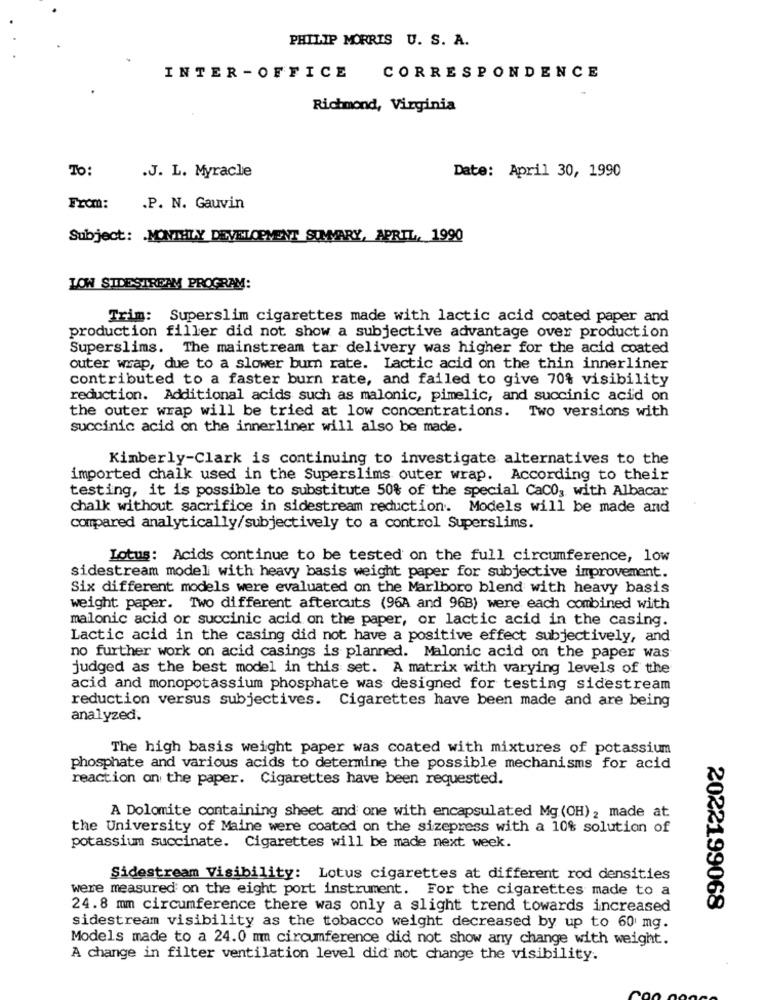
PHILIP MORRIS U. S. A.
INTER -OFFICE
CORRESPONDENCE
Richmond, Virginia
To:
.J. L. Myracle
Date: April 30, 1990
From:
.P. N. Gauvin
Subject: MONTHLY DEVELOPMENT SUMMARY, APRIL, 1990
LOW SIDESTREAM PROGRAM:
Trim: Superslim cigarettes made with lactic acid coated paper and
production filler did not show a subjective advantage over production
Superslims. The mainstream tar delivery was higher for the acid coated
outer wrap, due to a slower burn rate. Lactic acid on the thin innerliner
contributed to a faster burn rate, and failed to give 70% visibility
reduction. Additional acids such as malonic, pimelic, and succinic acid on
the outer wrap will be tried at low concentrations. Two versions with
succinic acid on the innerliner will also be made.
Kimberly-Clark is continuing to investigate alternatives to the
imported chalk used in the Superslims outer wrap. According to their
testing, it is possible to substitute 50% of the special CaCO, with Albacar
chalk without sacrifice in sidestream reduction. Models will be made and
compared analytically/subjectively to a control Superslims.
Lotus: Acids continue to be tested on the full circumference, low
sidestream model with heavy basis weight paper for subjective improvement.
Six different models were evaluated on the Marlboro blend with heavy basis
weight paper. Two different aftercuts (96A and 96B) were each combined with
malonic acid or succinic acid on the paper, or lactic acid in the casing.
Lactic acid in the casing did not have a positive effect subjectively, and
no further work on acid casings is planned. Malonic acid on the paper was
judged as the best model in this set. A matrix with varying levels of the
acid and monopotassium phosphate was designed for testing sidestream
reduction versus subjectives. Cigarettes have been made and are being
analyzed.
The high basis weight paper was coated with mixtures of potassium
phosphate and various acids to determine the possible mechanisms for acid
reaction on the paper. Cigarettes have been requested.
A Dolomite containing sheet and one with encapsulated Mg (OH) , made at
the University of Maine were coated on the sizepress with a 10% solution of
potassium succinate. Cigarettes will be made next week.
Sidestream Visibility: Lotus cigarettes at different rod densities
were measured on the eight port instrument. For the cigarettes made to a
24.8 mm circumference there was only a slight trend towards increased
2022199068
sidestream visibility as the tobacco weight decreased by up to 60 mg.
Models made to a 24.0 mm circumference did not show any change with weight.
A change in filter ventilation level did not change the visibility.